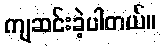
ကျဆင်းခဲ့ပါတယ်။